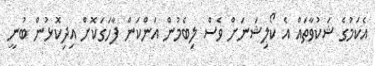
އެކަމުގެ ޝަކުވާތައް އެ ކޯލިޝަނަށް ވެސް ލިބެމުން އަންކަން ފާހަގަކޮށް އިދިކޮޅުން ބުނީ